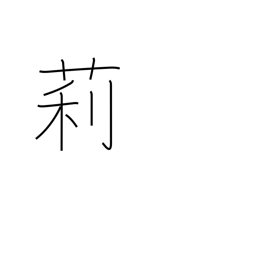
Meaning: jasmine